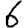
Digit: 6